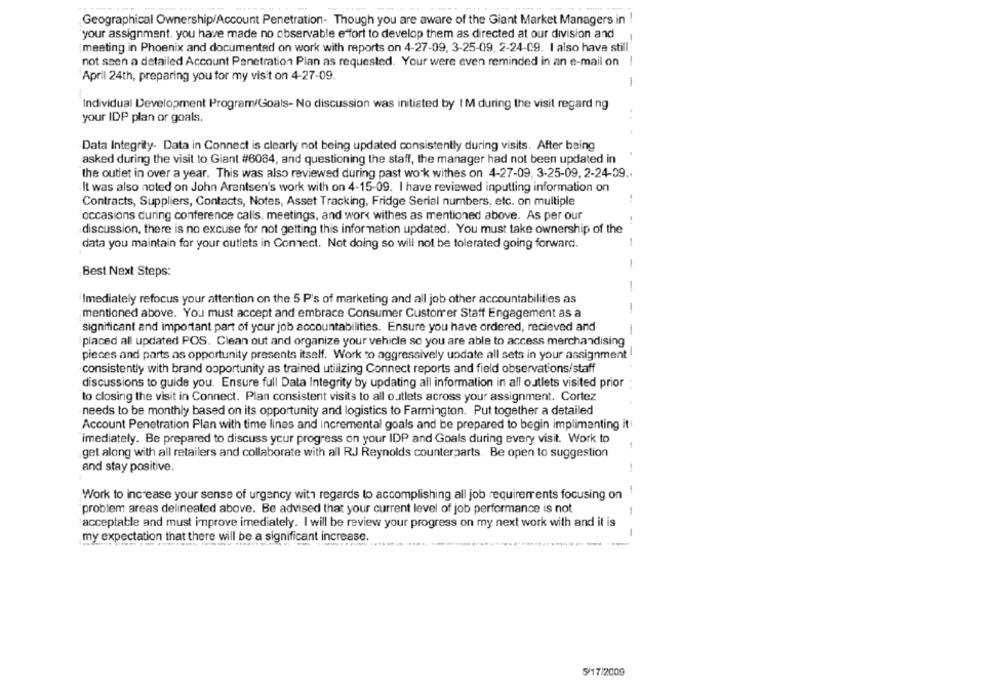
Geographical Ownership/Account Penetration- Though you are aware of the Giant Market Managers in !
your assignment. you have made no observable effort to develop them as directed at our division and
meeting in Phoenix and documented on work with reports on 4-27-09, 3-25-09, 2-24-C9. I also have still
not ssen a detailed Account Penetration Plan as requested. Your were even reminded in an e-mail on
-
April 24th, preparing you for my visit on 4-27-09.
-
Individual Development Program/Goals- No discussion was initiated by IM during the visit regard ng
your IDP plan or goals.
Data Integrity- Data in Connect is clearly not being updated consistently during visits. After being
asked during the visit to Giant #6084, and questioning the staff, the manager had not been updated in
the outlet in over a year. This was also reviewed during past work withes on 4-27-09, 3-25-09, 2-24-09 ..
It was also noted on John Arentsen's work with on 4-15-09. I have reviewed inputting information on
Contracts, Suppliers, Contacts, Notes, Asset Tracking, Fridge Serial numbers, etc. on multiple
occasions during conference calls, meetings, and work withes as mentioned above. As per our
discussion, there is no excuse for not getting this information updated. You must take ownership of the
data you maintain for your outlets in Connect. Not doing so will not be tolerated going forward.
-
Best Next Steps:
Imediately refocus your attention on the 5 P's of marketing and all job other accountabilities as
mentioned above. You must accept and embrace Consumer Customer Staff Engagement as a
significant and important part of your job accountabilities. Ensure you have ordered, recieved and
placed all updated POS. Clean out and organize your vehicle so you are able to access merchandising
pieces and parts as opportunity presents itself. Work to aggressively update all sets in your assignment
consistently with brand ooportunity as trained utilizing Connect reports and field observations/staff
discussions to guide you. Ensure full Data Integrity by updating all information in all outlets visited prior
to closing the visit in Connect. Plan consistent visits to all outlets across your assignment. Cortez
needs to be monthly based on its opportunity and logistics to Farmington. Put together a detailed
Account Penetration Plan with time lines and incremental goals and be prepared to begin implimanting it
imediately. Be prepared to discuss your progress on your IDP and Goals during every visit. Work to
get along with all retailers and collaborate with all RJ Reynolds counterparts. Be open to suggestion
and stay positive.
-
Work to increase your sense of urgency with regards to accomplishing all job requirements focusing on
problem areas delineated above. Be advised that your current level of job performance is not
acceptable and must improve imediately. I will be review your progress on my next work with and it is
-
my expectation that there will be a significant increase.
5/17/2009